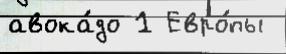
авока́до 1 Евро́пы